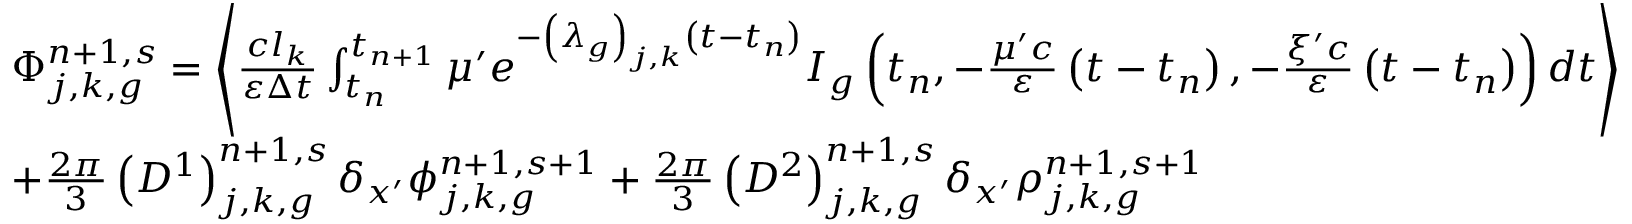
\begin{array} { l } { { \Phi _ { j , k , g } ^ { n + 1 , s } = \left\langle \frac { c l _ { k } } { \varepsilon \Delta t } \int _ { t _ { n } } ^ { t _ { n + 1 } } \mu ^ { \prime } e ^ { - \left( \lambda _ { g } \right) _ { j , k } \left( t - t _ { n } \right) } I _ { g } \left( t _ { n } , - \frac { \mu ^ { \prime } c } { \varepsilon } \left( t - t _ { n } \right) , - \frac { \xi ^ { \prime } c } { \varepsilon } \left( t - t _ { n } \right) \right) d t \right\rangle } } \\ { { + \frac { 2 \pi } { 3 } \left( D ^ { 1 } \right) _ { j , k , g } ^ { n + 1 , s } \delta _ { x ^ { \prime } } \phi _ { j , k , g } ^ { n + 1 , s + 1 } + \frac { 2 \pi } { 3 } \left( D ^ { 2 } \right) _ { j , k , g } ^ { n + 1 , s } \delta _ { x ^ { \prime } } \rho _ { j , k , g } ^ { n + 1 , s + 1 } } } \end{array}